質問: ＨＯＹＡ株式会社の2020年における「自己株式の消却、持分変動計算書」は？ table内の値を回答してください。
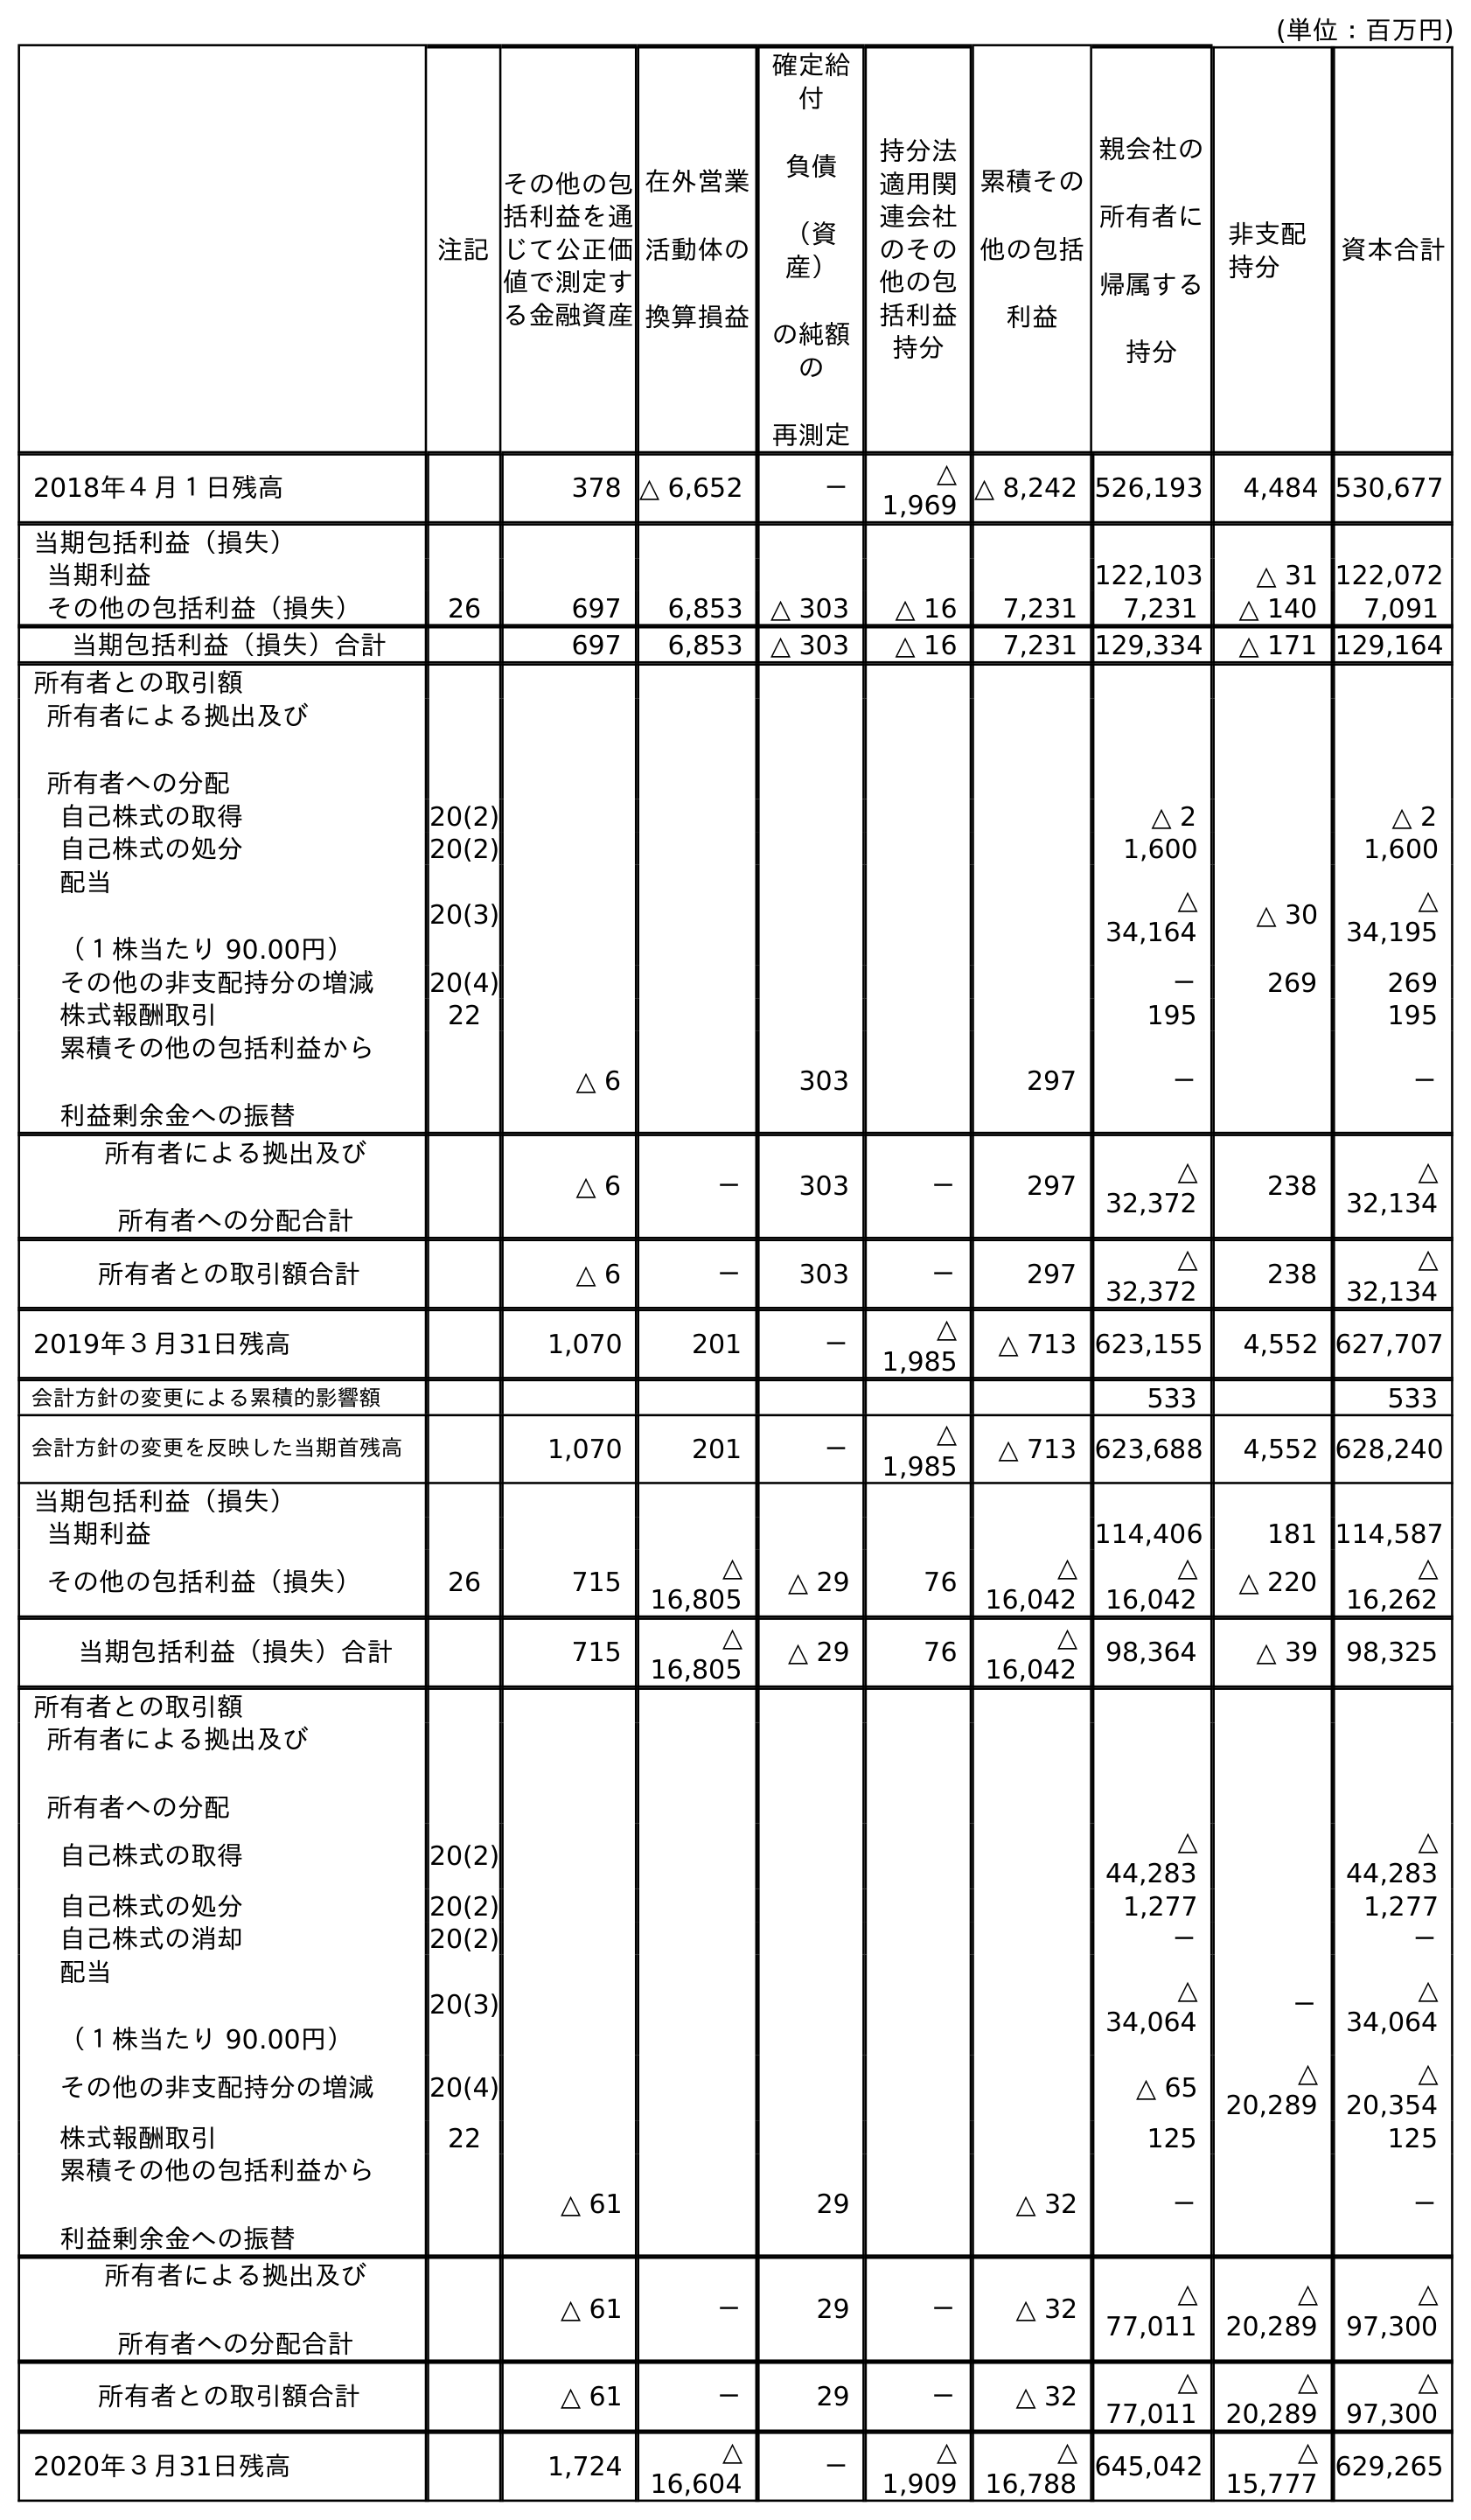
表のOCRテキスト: (単位：百万円) 注記 親会社の 所有者に 帰属する 持分 非支配 持分 資本合計 その他の包 括利益を通 じて公正価 値で測定す る金融資産 在外営業 活動体の 換算損益 確定給 付 負債 （資 産） の純額 の 再測定 持分法 適用関 連会社 のその 他の包 括利益 持分 累積その 他の包括 利益 2018年４月１日残高 378 △ 6,652 － △ 1,969 △ 8,242 526,193 4,484 530,677 当期包括利益（損失） 当期利益 122,103 △ 31 122,072 その他の包括利益（損失） 26 697 6,853 △ 303 △ 16 7,231 7,231 △ 140 7,091 当期包括利益（損失）合計 697 6,853 △ 303 △ 16 7,231 129,334 △ 171 129,164 所有者との取引額 所有者による拠出及び 所有者への分配 自己株式の取得 20(2) △ 2 △ 2 自己株式の処分 20(2) 1,600 1,600 配当 （１株当たり 90.00円） 20(3) △ 34,164 △ 30 △ 34,195 その他の非支配持分の増減 20(4) － 269 269 株式報酬取引 22 195 195 累積その他の包括利益から 利益剰余金への振替 △ 6 303 297 － － 所有者による拠出及び 所有者への分配合計 △ 6 － 303 － 297 △ 32,372 238 △ 32,134 所有者との取引額合計 △ 6 － 303 － 297 △ 32,372 238 △ 32,134 2019年３月31日残高 1,070 201 － △ 1,985 △ 713 623,155 4,552 627,707 会計方針の変更による累積的影響額 533 533 会計方針の変更を反映した当期首残高 1,070 201 － △ 1,985 △ 713 623,688 4,552 628,240 当期包括利益（損失） 当期利益 114,406 181 114,587 その他の包括利益（損失） 26 715 △ 16,805 △ 29 76 △ 16,042 △ 16,042 △ 220 △ 16,262 当期包括利益（損失）合計 715 △ 16,805 △ 29 76 △ 16,042 98,364 △ 39 98,325 所有者との取引額 所有者による拠出及び 所有者への分配 自己株式の取得 20(2) △ 44,283 △ 44,283 自己株式の処分 20(2) 1,277 1,277 自己株式の消却 20(2) － － 配当 （１株当たり 90.00円） 20(3) △ 34,064 － △ 34,064 その他の非支配持分の増減 20(4) △ 65 △ 20,289 △ 20,354 株式報酬取引 22 125 125 累積その他の包括利益から 利益剰余金への振替 △ 61 29 △ 32 － － 所有者による拠出及び 所有者への分配合計 △ 61 － 29 － △ 32 △ 77,011 △ 20,289 △ 97,300 所有者との取引額合計 △ 61 － 29 － △ 32 △ 77,011 △ 20,289 △ 97,300 2020年３月31日残高 1,724 △ 16,604 － △ 1,909 △ 16,788 645,042 △ 15,777 629,265
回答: －